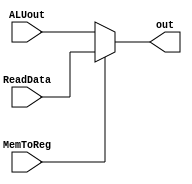
`timescale 1ns / 1ps
//////////////////////////////////////////////////////////////////////////////////
// Company: 
// Engineer: 
// 
// Design Name: 
// Module Name: Mux2
// Project Name: 
// Target Devices: 
// Tool Versions: 
// Description: 
// 
// Dependencies: 
// 
// Revision:
// Revision 0.01 - File Created
// Additional Comments:
// 
//////////////////////////////////////////////////////////////////////////////////


module Mux2(
 input wire [31:0] ReadData , ALUout, 
 input wire MemToReg,
 output reg [31:0] out
    );
    
     always @ (*) begin
        if (MemToReg) begin
            out = ReadData;
        end else begin
            out = ALUout;
        end
    end
endmodule